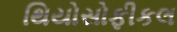
થિયોસોફીકલ